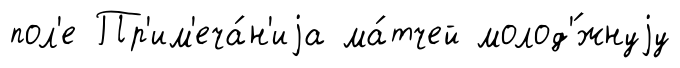
пол'е Пр'им'еча́н'иjа ма́тчей молод'́жнуjу